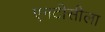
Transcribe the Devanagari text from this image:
एनटीसीला